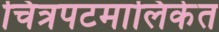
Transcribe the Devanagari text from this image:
चित्रपटमालिकेत